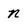
Character: n